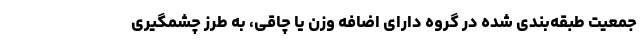
جمعیت طبقه‌بندی شده در گروه دارای اضافه وزن یا چاقی، به طرز چشمگیری